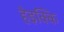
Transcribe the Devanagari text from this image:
हेइक्कि